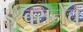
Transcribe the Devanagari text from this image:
ईश्वरानेच